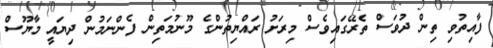
ފާއިތުވި ތިން ދުވަސް ތެރޭގައިވެސް މިރަށު ރައްޔިތުންގެ މޫނުމަތިން ފެންނަމުން ދިޔައީ މާޔޫސް